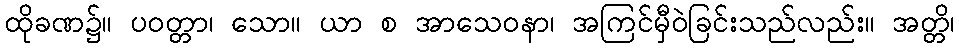
ထိုခဏ၌။ ပဝတ္တာ၊ သော။ ယာ စ အာသေဝနာ၊ အကြင်မှီဝဲခြင်းသည်လည်း။ အတ္တိ၊